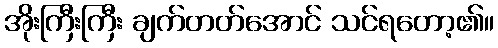
အိုးကြီးကြီး ချက်တတ်အောင် သင်ရတော့၏။